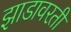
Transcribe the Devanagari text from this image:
झाडावरती